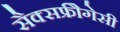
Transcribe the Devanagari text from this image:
सैक्सफ्रीैगेसी